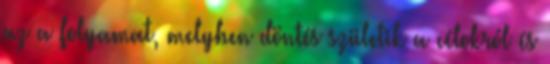
az a folyamat, melyben döntés születik a célokról és